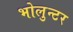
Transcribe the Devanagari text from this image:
भोलुन्टर